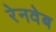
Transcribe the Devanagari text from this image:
रेनवेब